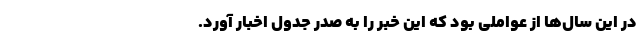
در این سال‌ها از عواملی بود که این خبر را به صدر جدول اخبار آورد.